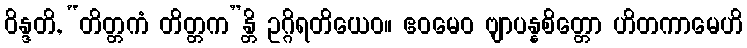
ဝိန္ဒတိ, “တိတ္တကံ တိတ္တက”န္တိ ဥဂ္ဂိရတိယေဝ။ ဧဝမေဝ ဗျာပန္နစိတ္တော ဟိတကာမေဟိ